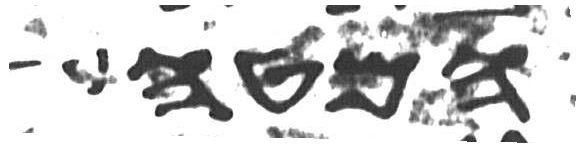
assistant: המטה